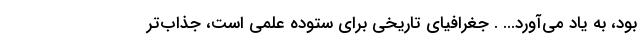
بود، به یاد می‌آورد... . جغرافیای تاریخی برای ستوده علمی است، جذاب‌تر